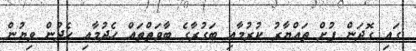
ގައި ގޮދަން ފުށް ތައްޔާރު ކުރުމާއި ބަގުރާގެ ބާވަތްތައް ހެދުމާއި ހެދުން ވިޔުން